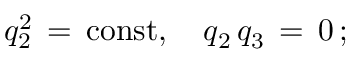
q _ { 2 } ^ { 2 } \, = \, \mathrm { c o n s t } , \quad q _ { 2 } \, q _ { 3 } \, = \, 0 \, { ; }